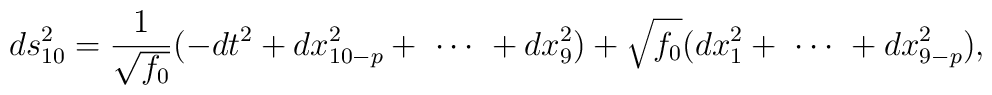
ds^2_{10} =  \frac{1}{\sqrt{f_0}} ( - dt^2 + dx_{10-p}^2 + \ \cdots \ + dx_9^2 ) + \sqrt{f_0} (dx_1^2 + \  \cdots \  + dx_{9-p}^2  ),